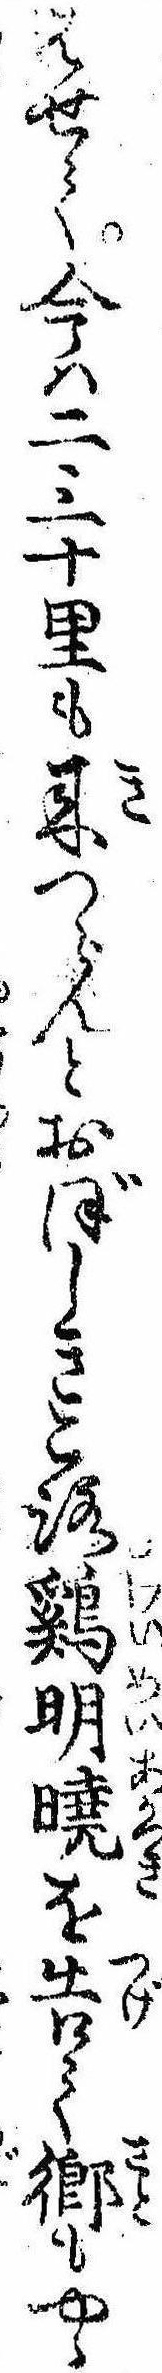
はせて今は二三十里も来つらんとおぼしきころ鶏明暁を告て郷もやゝ